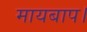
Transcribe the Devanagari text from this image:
मायबाप।